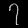
Digit: ၇